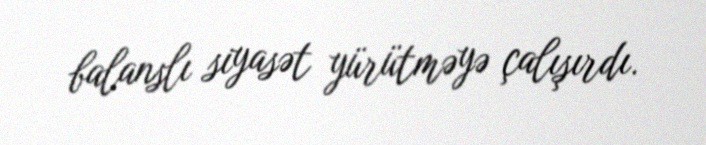
balanslı siyasət yürütməyə çalışırdı.